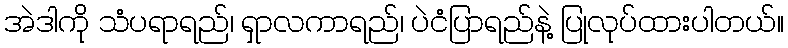
အဲဒါကို သံပရာရည်၊ ရှာလကာရည်၊ ပဲငံပြာရည်နဲ့ ပြုလုပ်ထားပါတယ်။